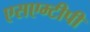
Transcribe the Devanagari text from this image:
एसएम्टीपी